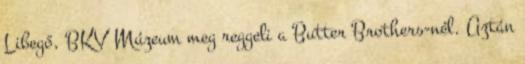
Libegő, BKV Múzeum meg reggeli a Butter Brothers-nél. Aztán